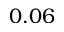
0 . 0 6